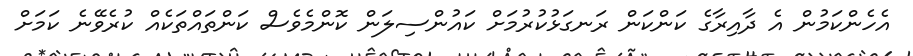
އެހެންކަމުން އެ ދާއިރާގެ ކަންކަން ރަނގަޅުކުރުމަށް ކައުންސިލަން ކޮންމެވެސް ކަންތައްތަކެއް ކުރެވޭނެ ކަމަށް